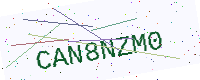
Text: CAN8NZM0